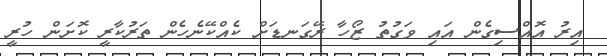
އިރު އޮއްސިގެން އައި ވަގުތު ޒޯހާ ރޭގަނޑަށް ކެއްކޭނެހެން ތަރުކާރީ ކޮށަން ހުރީ